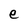
Character: e